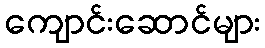
ကျောင်းဆောင်များ